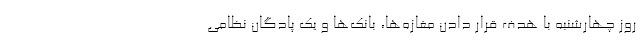
روز چهارشنبه با هدف قرار دادن مغازه‌ها، بانک‌ها و یک پادگان نظامی